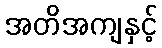
အတိအကျနှင့်